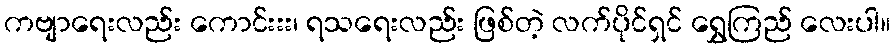
ကဗျာရေးလည်း ကောင်းးး၊ ရသရေးလည်း ဖြစ်တဲ့ လက်ပိုင်ရှင် ရွှေကြည် လေးပါ။